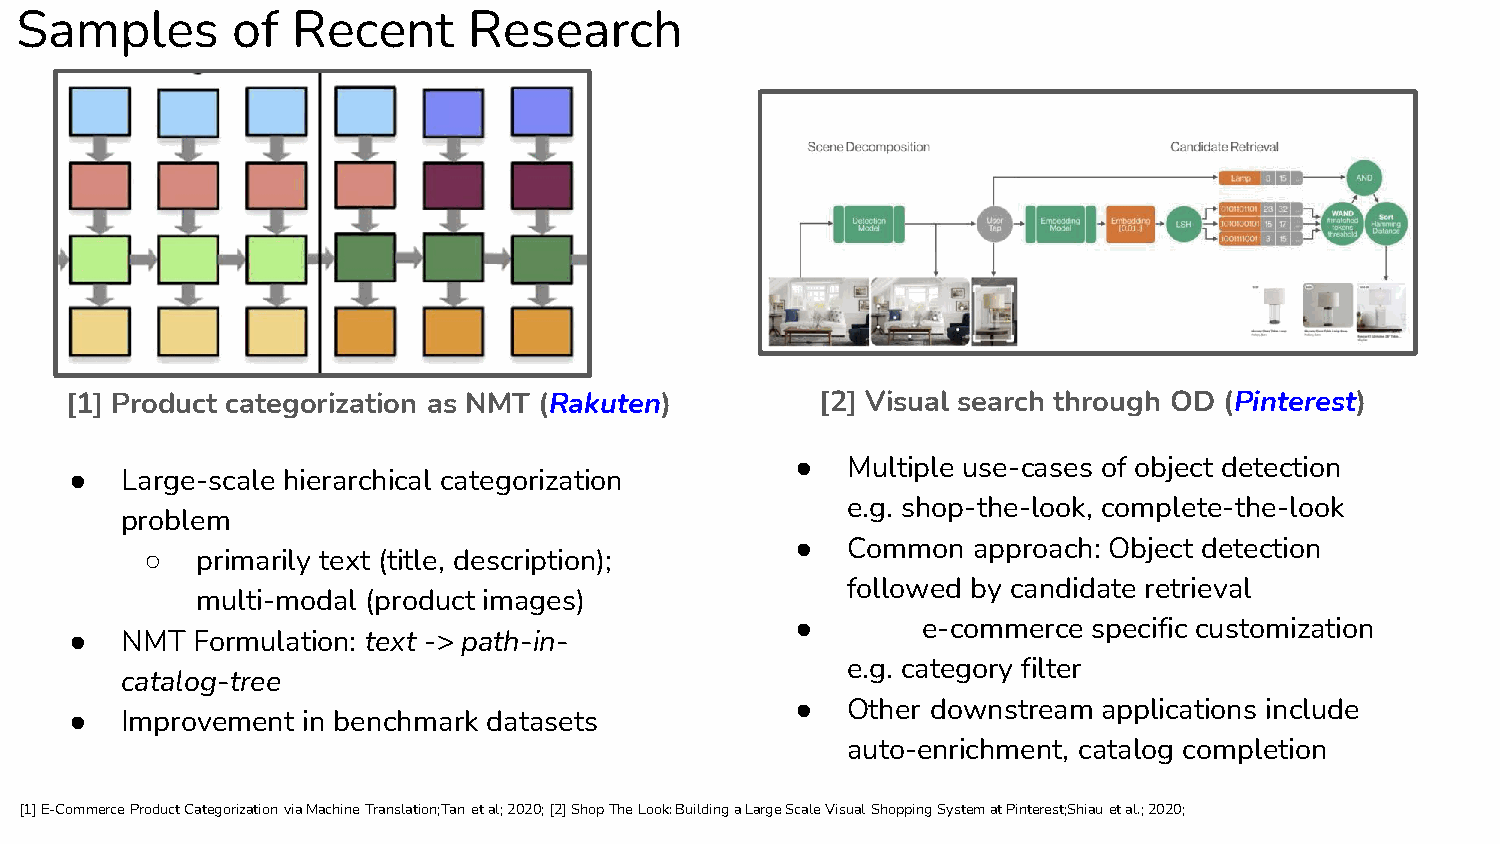
Samples       of  Recent      Research
 [1] Product categorization as NMT (Rakuten)       [2] Visual search through OD (Pinterest)
 ●  Multiple use-cases of object detection
 ●  Large-scale hierarchical categorization
 e.g. shop-the-look, complete-the-look
 problem
 ●  Common  approach: Object detection
 ○  primarily text (title, description);
 followed by candidate retrieval
 multi-modal (product images)
 ●       e-commerce specific customization
 ●  NMT  Formulation: text -> path-in-
 e.g. category filter
 catalog-tree
 ●  Other downstream applications include
 ●  Improvement in benchmark datasets
 auto-enrichment, catalog completion
 [1] E-Commerce Product Categorization via Machine Translation;Tan et al; 2020; [2] Shop The Look: Building a Large Scale Visual Shopping System at Pinterest;Shiau et al.; 2020;